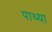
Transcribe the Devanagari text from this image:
पाथ्या